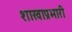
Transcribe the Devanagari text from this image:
शाखाप्रभारी